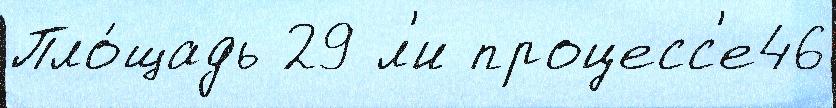
Пло́щадь 29 л'и процесс'е46